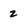
Character: 2